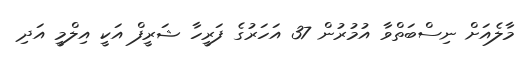
މާލެއަށް ނިސްބަތްވާ އުމުރުން 37 އަހަރުގެ ފަރީހާ ޝަރީފް އަކީ އިލްމީ އަދި